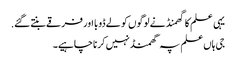
یہی علم کا گهمنڈ نے لوگوں کو لے ڈوبا اور فرقے بنتے گئے.
جی ہاں علم پہ گھمنڈ نہیں کرنا چاہیے۔